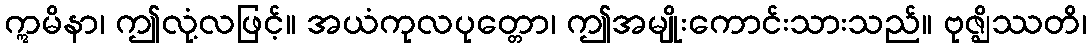
ဣမိနာ၊ ဤလုံ့လဖြင့်။ အယံကုလပုတ္တော၊ ဤအမျိုးကောင်းသားသည်။ ဗုဇ္ဈိဿတိ၊